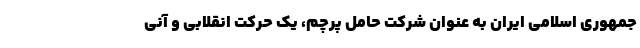
جمهوری اسلامی ایران به عنوان شرکت حامل پرچم، یک حرکت انقلابی و آنی